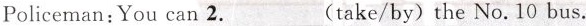
Policeman:You can 2.___(take/by)the No.10 bus.